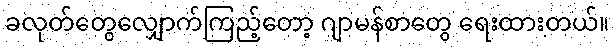
ခလုတ်တွေလျှောက်ကြည့်တော့ ဂျာမန်စာတွေ ရေးထားတယ်။